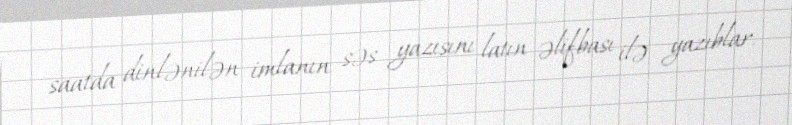
saatda dinlənilən imlanın səs yazısını latın əlifbası ilə yazıblar.